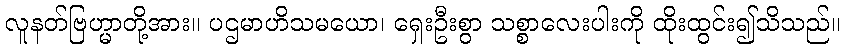
လူနတ်ဗြဟ္မာတို့အား။ ပဌမာဟိသမယော၊ ရှေးဦးစွာ သစ္စာလေးပါးကို ထိုးထွင်း၍သိသည်။